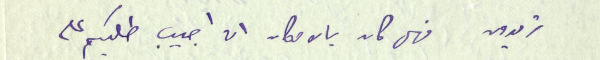
تريدون فهل كان بالامكان ان اجيب طلبكم على